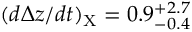
( d \Delta z / d t ) _ { \mathrm { X } } = 0 . 9 _ { - 0 . 4 } ^ { + 2 . 7 }